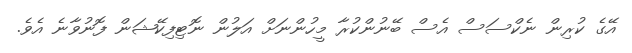
އޭގެ ކުރިން ނެކްސަސް އެސް ބޭނުންކުރާ މީހުންނަށް އަލުން ނޮޓިފިކޭޝަން ފޮނުވާނެ އެވެ.